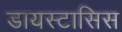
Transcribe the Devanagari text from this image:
डायस्टासिस